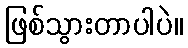
ဖြစ်သွားတာပါပဲ။